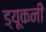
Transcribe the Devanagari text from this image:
ड्यूकनी